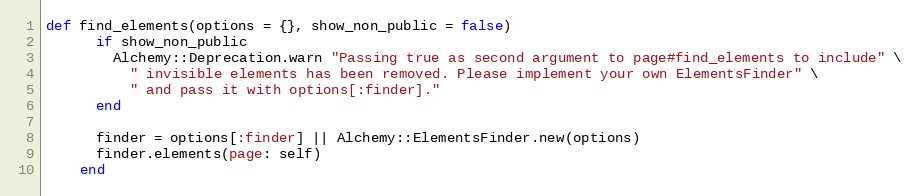
Language: Ruby
def find_elements(options = {}, show_non_public = false)
      if show_non_public
        Alchemy::Deprecation.warn "Passing true as second argument to page#find_elements to include" \
          " invisible elements has been removed. Please implement your own ElementsFinder" \
          " and pass it with options[:finder]."
      end

      finder = options[:finder] || Alchemy::ElementsFinder.new(options)
      finder.elements(page: self)
    end